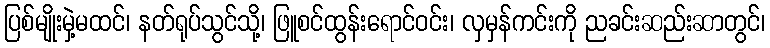
ပြစ်မျိုးမှဲ့မထင်၊ နတ်ရုပ်သွင်သို့၊ ဖြူစင်ထွန်းရောင်ဝင်း၊ လှမှန်ကင်းကို ညခင်းဆည်းဆာတွင်၊